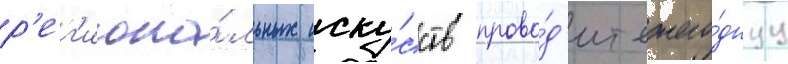
р'ег'иона́льных иску́сств прово́д'ит ежего́днуу